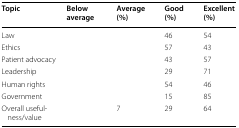
<table><thead><tr><td><b>Topic</b></td><td><b>Below average</b></td><td><b>Average (%)</b></td><td><b>Good (%)</b></td><td><b>Excellent (%)</b></td></tr></thead><tbody><tr><td>Law</td><td></td><td></td><td>46</td><td>54</td></tr><tr><td>Ethics</td><td></td><td></td><td>57</td><td>43</td></tr><tr><td>Patient advocacy</td><td></td><td></td><td>43</td><td>57</td></tr><tr><td>Leadership</td><td></td><td></td><td>29</td><td>71</td></tr><tr><td>Human rights</td><td></td><td></td><td>54</td><td>46</td></tr><tr><td>Government</td><td></td><td></td><td>15</td><td>85</td></tr><tr><td>Overall usefulness/value</td><td></td><td>7</td><td>29</td><td>64</td></tr></tbody></table>